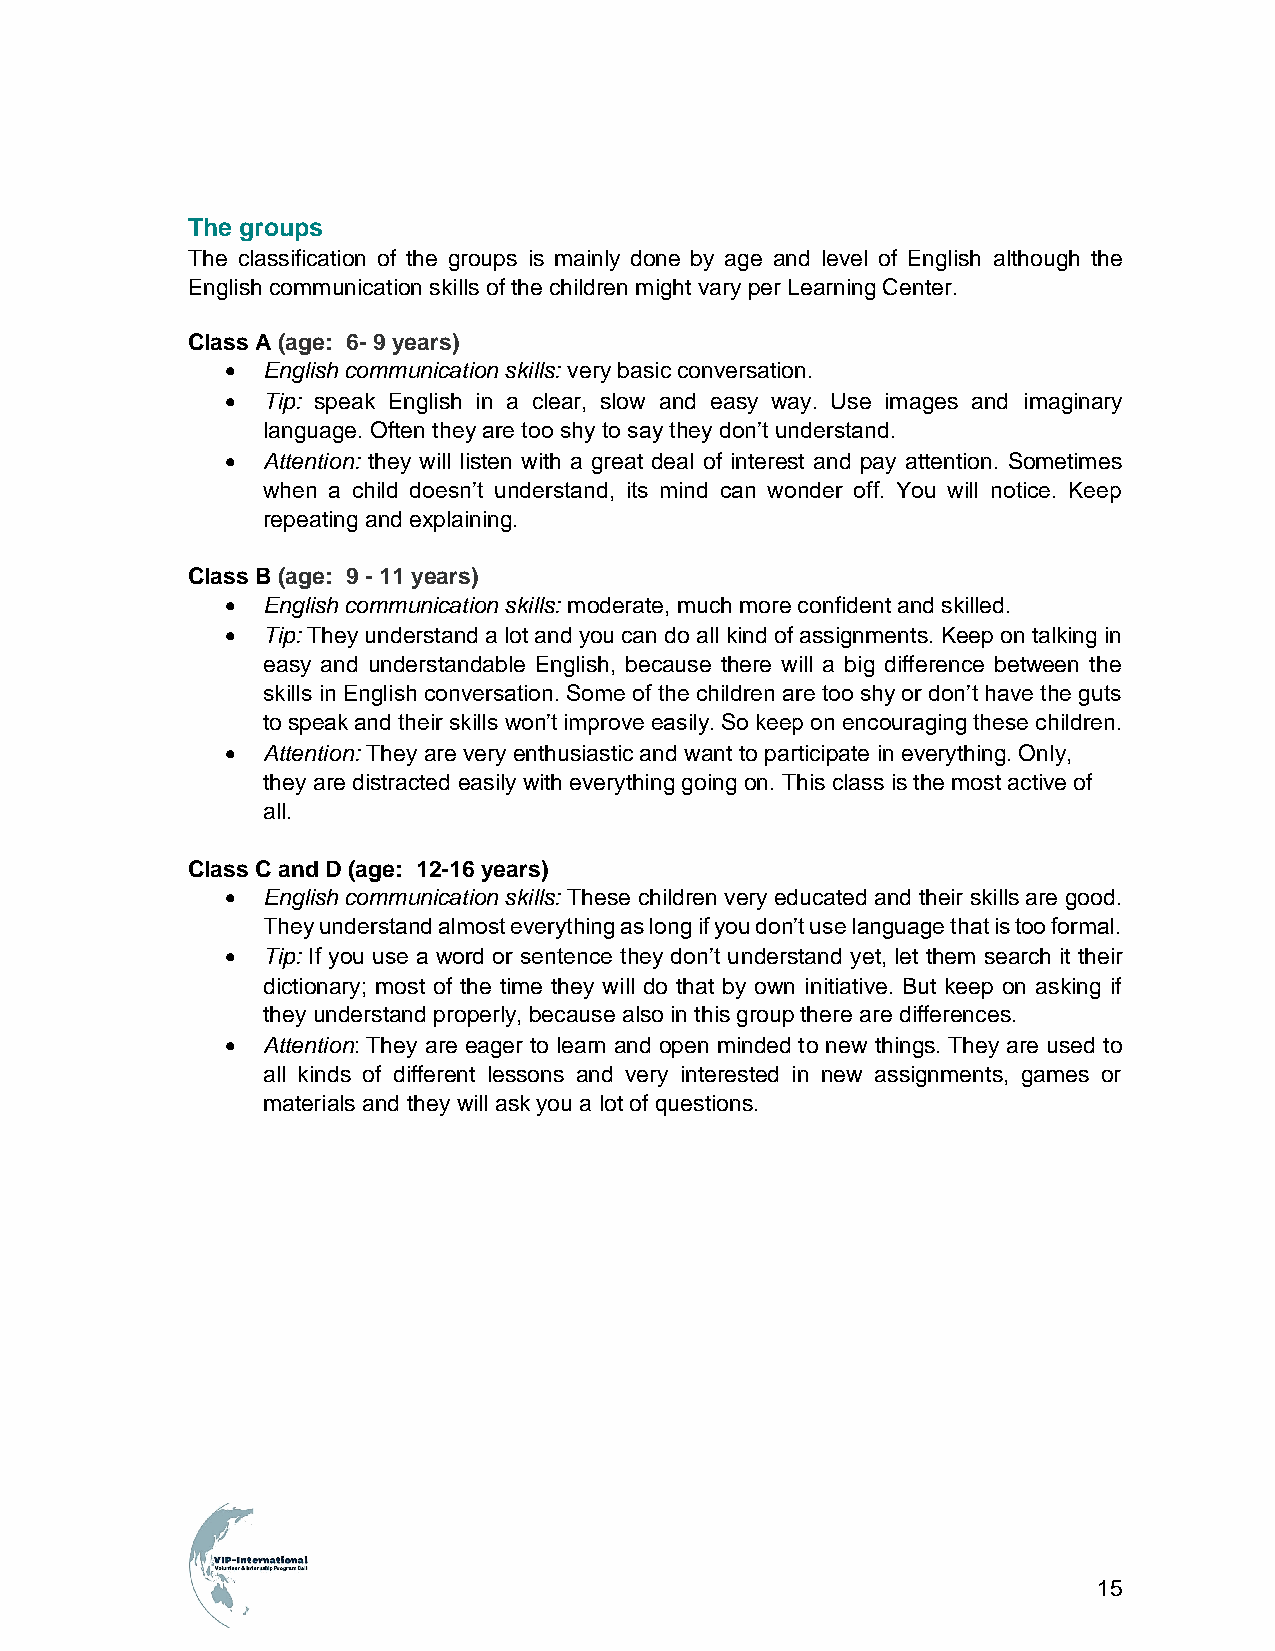
The groups
 The classification of the groups is mainly done by age and level of English although the
 English communication skills of the children might vary per Learning Center.
 Class A (age: 6- 9 years)
 • English communication skills: very basic conversation.
 • Tip: speak English in a clear, slow and easy way. Use images and imaginary
 language. Often they are too shy to say they don’t understand.
 • Attention: they will listen with a great deal of interest and pay attention. Sometimes
 when a child doesn’t understand, its mind can wonder off. You will notice. Keep
 repeating and explaining.
 Class B (age: 9 - 11 years)
 • English communication skills: moderate, much more confident and skilled.
 • Tip: They understand a lot and you can do all kind of assignments. Keep on talking in
 easy and understandable English, because there will a big difference between the
 skills in English conversation. Some of the children are too shy or don’t have the guts
 to speak and their skills won’t improve easily. So keep on encouraging these children.
 • Attention: They are very enthusiastic and want to participate in everything. Only,
 they are distracted easily with everything going on. This class is the most active of
 all.
 Class C and D (age: 12-16 years)
 • English communication skills: These children very educated and their skills are good.
 They understand almost everything as long if you don’t use language that is too formal.
 • Tip: If you use a word or sentence they don’t understand yet, let them search it their
 dictionary; most of the time they will do that by own initiative. But keep on asking if
 they understand properly, because also in this group there are differences.
 • Attention: They are eager to learn and open minded to new things. They are used to
 all kinds of different lessons and very interested in new assignments, games or
 materials and they will ask you a lot of questions.
 15